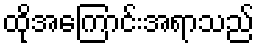
ထိုအကြောင်းအရာသည်